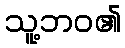
သူ့ဘဝ၏